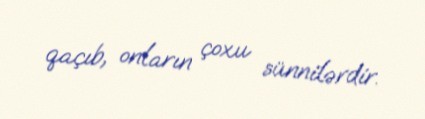
qaçıb, onların çoxu sünnilərdir.